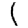
Digit: 1